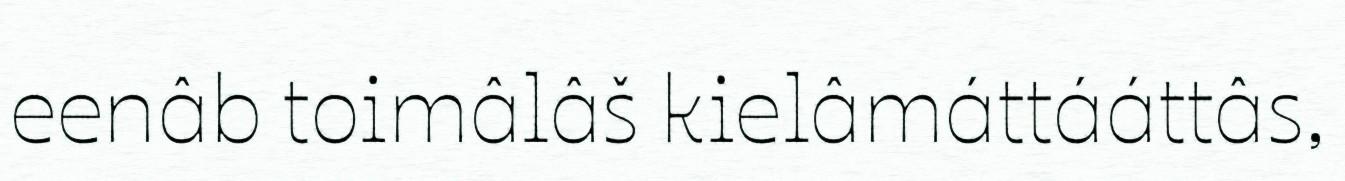
eenâb toimâlâš kielâmáttááttâs,